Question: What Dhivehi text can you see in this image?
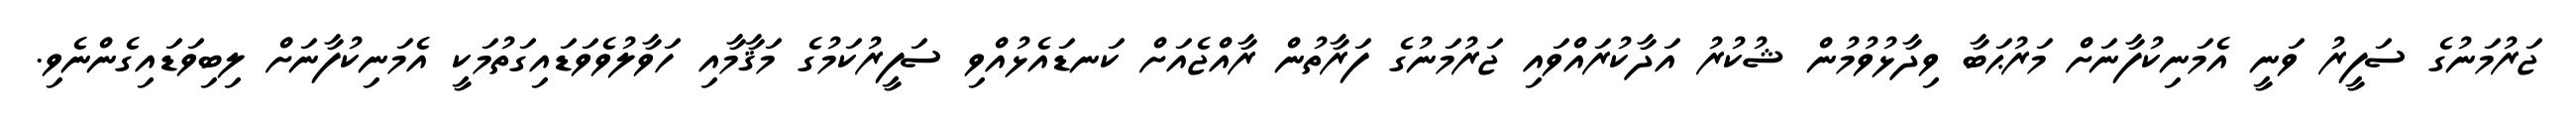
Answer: ޖަރުމަނުގެ ސަފީރު ވަނީ އެމަނިކުފާނަށް މަރުޙަބާ ވިދާޅުވުމުން ޝުކުރު އަދާކުރައްވައި ޖަރުމަނުގެ ފަރާތުން ރާއްޖެއަށް ކަނޑައެޅުއްވި ސަފީރުކަމުގެ މަޤާމާއި ހަވާލުވެވަޑައިގަތުމަކީ އެމަނިކުފާނަށް ލިބިވަޑައިގެންނެވި.